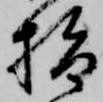
指